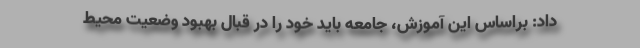
داد: براساس این آموزش، جامعه باید خود را در قبال بهبود وضعیت محیط